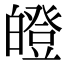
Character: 𤾢